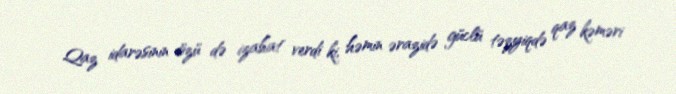
Qaz idarəsinin özü də izahat verdi ki, həmin ərazidə güclü təzyiqdə qaz kəməri